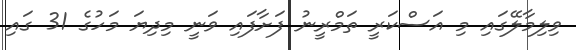
ވިލިމާލޭގައި މި އަސްކަރީ ތަމްރީނު ފަށާފައި ވަނީ މިދިޔަ މަހުގެ 31 ގައި